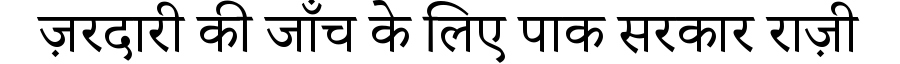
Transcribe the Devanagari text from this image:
ज़रदारी की जाँच के लिए पाक सरकार राज़ी